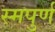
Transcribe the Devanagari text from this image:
स्मपुर्ण